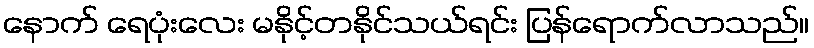
နောက် ရေပုံးလေး မနိုင့်တနိုင်သယ်ရင်း ပြန်ရောက်လာသည်။